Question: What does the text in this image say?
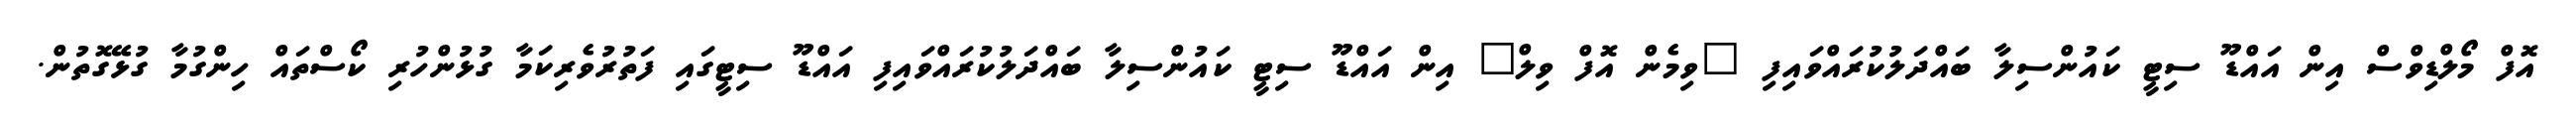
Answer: އޮފް މޯލްޑިވްސް އިން އައްޑޫ ސިޓީ ކައުންސިލާ ބައްދަލުކުރައްވައިފި "ވިމެން އޮފް ވިލް" އިން އައްޑޫ ސިޓީ ކައުންސިލާ ބައްދަލުކުރައްވައިފި އައްޑޫ ސިޓީގައި ފަތުރުވެރިކަމާ ގުޅުންހުރި ކޯސްތައް ހިންގުމާ ގުޅޭގޮތުން.